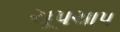
ચૂપચાપ